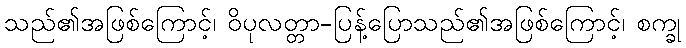
သည်၏အဖြစ်ကြောင့်၊ ဝိပုလတ္တာ-ပြန့်ပြောသည်၏အဖြစ်ကြောင့်၊ စက္ခု